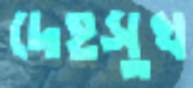
দেহসুখ